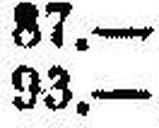
93.—